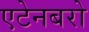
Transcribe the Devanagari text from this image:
एटेनबरो